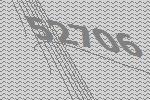
52706